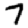
Digit: 7